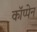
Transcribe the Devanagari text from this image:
कॉप्पेन